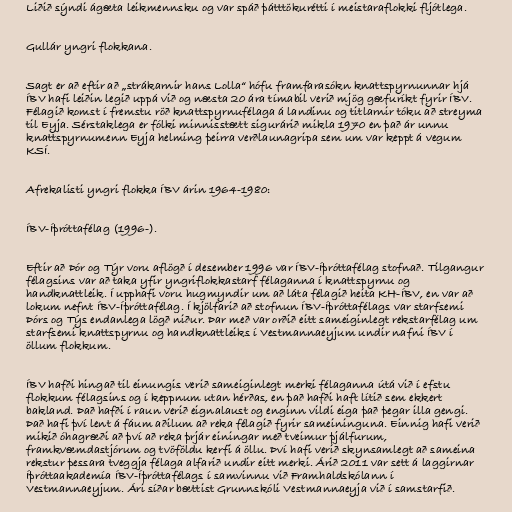
Liðið sýndi ágæta leikmennsku og var spáð þátttökurétti í meistaraflokki fljótlega.

Gullár yngri flokkana.

Sagt er að eftir að „strákarnir hans Lolla“ hófu framfarasókn knattspyrnunnar hjá
ÍBV hafi leiðin legið uppá við og næsta 20 ára tímabil verið mjög gæfuríkt fyrir ÍBV.
Félagið komst í fremstu röð knattspyrnufélaga á landinu og titlarnir tóku að streyma
til Eyja. Sérstaklega er fólki minnisstætt sigurárið mikla 1970 en það ár unnu
knattspyrnumenn Eyja helming þeirra verðlaunagripa sem um var keppt á vegum
KSÍ.

Afrekalisti yngri flokka ÍBV árin 1964-1980:

ÍBV-Íþróttafélag (1996-).

Eftir að Þór og Týr voru aflögð í desember 1996 var ÍBV-Íþróttafélag stofnað. Tilgangur
félagsins var að taka yfir yngriflokkastarf félaganna í knattspyrnu og
handknattleik. Í upphafi voru hugmyndir um að láta félagið heita KH-ÍBV, en var að
lokum nefnt ÍBV-Íþróttafélag. Í kjölfarið að stofnun ÍBV-Íþróttafélags var starfsemi
Þórs og Týs endanlega lögð niður. Þar með var orðið eitt sameiginlegt rekstarfélag um
starfsemi knattspyrnu og handknattleiks í Vestmannaeyjum undir nafni ÍBV í
öllum flokkum.

ÍBV hafði hingað til einungis verið sameiginlegt merki félaganna útá við í efstu
flokkum félagsins og í keppnum utan hérðas, en það hafði haft lítið sem ekkert
bakland. Það hafði í raun verið eignalaust og enginn vildi eiga það þegar illa gengi.
Það hafi því lent á fáum aðilum að reka félagið fyrir sameininguna. Einnig hafi verið
mikið óhagræði að því að reka þrjár einingar með tveimur þjálfurum,
framkvæmdastjórum og tvöföldu kerfi á öllu. Því hafi verið skynsamlegt að sameina
rekstur þessara tveggja félaga alfarið undir eitt merki. Árið 2011 var sett á laggirnar
Íþróttaakademía ÍBV-Íþróttafélags í samvinnu við Framhaldskólann í
Vestmannaeyjum. Ári síðar bættist Grunnskóli Vestmannaeyja við í samstarfið.